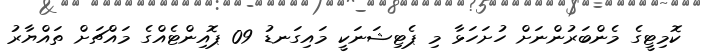
ކޮމިޓީގެ މެންބަރުންނަށް ހުށަހަޅާ މި ޕެޓިޝަނަކީ މައިގަނޑު 09 ޕޮއިންޓެއްގެ މައްޗަށް ތައްޔާރު